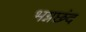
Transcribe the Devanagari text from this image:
भग्नछंद